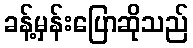
ခန့်မှန်းပြောဆိုသည်